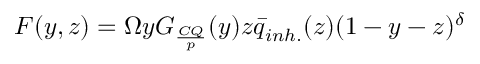
F ( y , z ) = \Omega y G _ { \frac { C Q } { p } } ( y ) z \bar { q } _ { i n h . } ( z ) ( 1 - y - z ) ^ { \delta }